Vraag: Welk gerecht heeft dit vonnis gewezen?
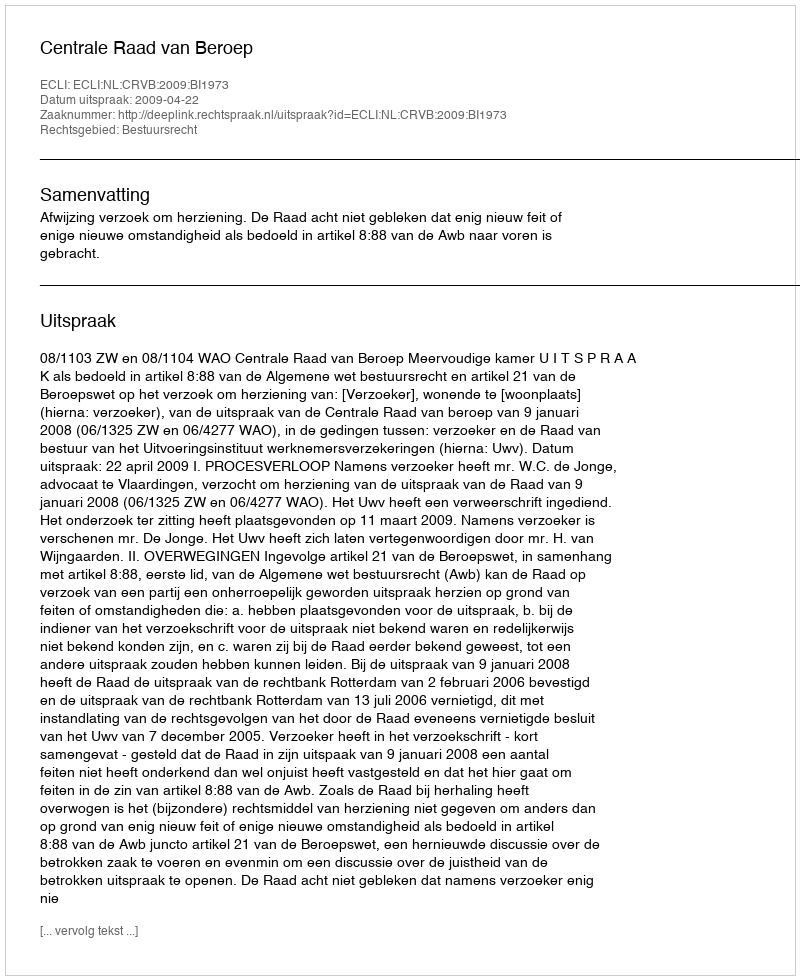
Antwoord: Centrale Raad van Beroep